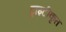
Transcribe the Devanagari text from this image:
ट्राइटीकृत